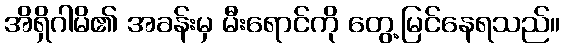
အိရှိဂါမိ၏ အခန်းမှ မီးရောင်ကို တွေ့မြင်နေရသည်။